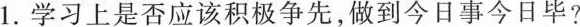
1.学习上是否应该积极争先，做到今日事今日毕?